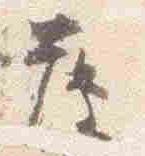
薄